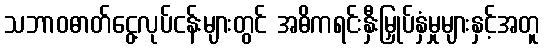
သဘာဝဓာတ်ငွေ့လုပ်ငန်းများတွင် အဓိကရင်းနှီးမြှုပ်နှံမှုများနှင့်အတူ